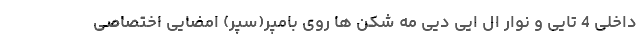
داخلی 4 تایی و نوار ال ایی دیی مه شکن ها روی بامپر(سپر) امضایی اختصاصی